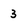
Character: 3